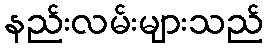
နည်းလမ်းများသည်